system: You are a helpful assistant.
user:
Analyze the provided spectrum to determine if it is a **M-type Giant (gM)**.

A M-type Giant spectrum is defined by its **strong molecular absorption** features, particularly from **Titanium Oxide (TiO)**. You must check for one of the following mutually exclusive signatures:

- **Key Visual Indicators (Absorption-Dominated Spectrum):**

    - **(Primary):** The spectrum is dominated by strong molecular absorption from **Titanium Oxide (TiO)**. This is the **defining feature** of its M-type temperature class.
        - **(Key Bandheads):** Look for sharp, "saw-tooth" absorption valleys. The strongest are located near **~7050 Å**, **~6160 Å**, and **~5170 Å**.
        - **(Line Profile):** The "saw-tooth" morphology is critical: a **sharp, steep drop on the BLUE (short-wavelength) side** of the bandhead, followed by a gradual recovery (rising flux) towards the RED (long-wavelength) side.

    - **(Key Confirmation - Giant vs. Dwarf):** **ABSENCE** of strong **Calcium Hydride (CaH)** molecular bands. This is the primary diagnostic for *excluding* M-dwarfs.
        - **(Key Region):** The spectrum should lack the strong, broad absorption band seen in dwarfs between **~6800 Å and ~7000 Å**.

    - **(Secondary Confirmation - Giant):** A very strong and broad **Neutral Calcium (Ca I)** atomic absorption line.
        - **(Key Line):** Located at **~4226 Å**. In a giant (gM), this line is significantly deeper and broader than the same line in an M-dwarf (dM) due to low surface gravity.

    - **(Overall Spectrum):**
        - The continuum is **extremely red-sloping** (i.e., flux is very low in the blue and rises dramatically towards the red).
        - The entire spectrum appears "chopped up" by the deep TiO bands.

Think first, call **spectral_visualization_tool** if needed to examine features in detail, then provide your final answer. Your response must adhere to the following strict rules:
1.  **Overall Structure:** Your response must follow the format `<think>...</think> <tool_call>...</tool_call> (if a tool is used) <answer>...</answer>`.
2.  **Tool Usage Constraint:** You may only make **one** tool call per turn.
3.  **Final Answer Format:** In the `<answer>` tag, your conclusion must be inside a `\boxed{}` command (e.g., `\boxed{YES}` or `\boxed{NO}`), followed by your justification.

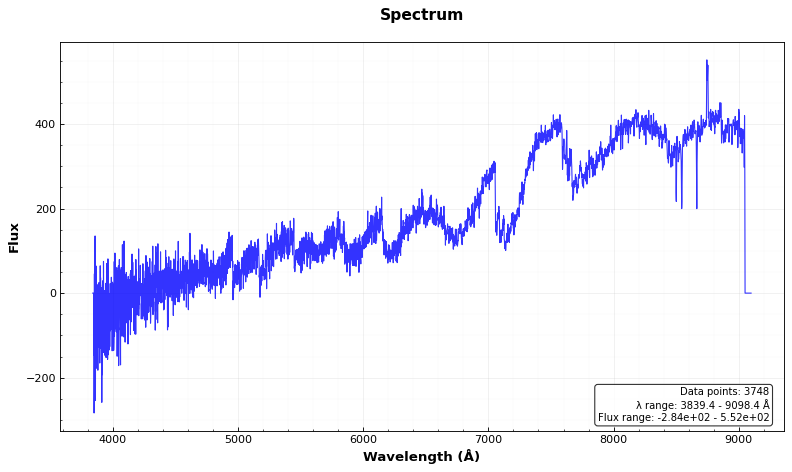
Answer: YES